system: You are a helpful assistant.
user:
Analyze the provided spectrum to determine if it is a **S-type Star**.

- **Key Indicators for S-type Star:**

    - **(Overall Spectrum Shape):** The first and most obvious characteristic is the overall continuum (the "baseline" shape). It is **extremely "red-sloping,"** meaning the flux (light intensity) is very low on the left side (blue, ~4000-4500 Å) and rises steeply and continuously toward the right side (red, ~7000 Å+).

    - **(Primary):** The spectrum is defined by the presence of strong, broad molecular absorption "valleys" (bands) from **Zirconium Oxide (ZrO)**. The identification of these bands is the **primary requirement** for classifying a star as S-type.
        - **(Key Bandheads):** You must find distinct, deep "dips" where the light has been absorbed. The most critical band systems to locate are:
            - **~6474 Å** ($\gamma$-system): This is often the strongest and clearest ZrO feature, found in the red part of the spectrum.
            - **~5718 Å** & **~5551 Å** ($\beta$-system): A pair of prominent absorption features in the yellow-orange part of the spectrum.
            - **~4640 Å** ($\alpha$-system): A key absorption band system in the blue-green region of the spectrum.

    - **(Secondary Confirmation):** The classification is strengthened by finding additional absorption bands from other related heavy element oxides, which are expected to be present alongside ZrO.
        - **(Key Bandheads):**
            - **Yttrium Oxide (YO):** Look for absorption dips near **~4800 Å** and **~6100 Å**.
            - **Lanthanum Oxide (LaO):** Additional absorption features, particularly in the red-orange part of the spectrum, are also characteristic.

    - **(Line Profile):** The combination of the steep red continuum and these numerous, deep molecular bands (ZrO, YO, etc.) gives the entire spectrum a very **"chopped-up"** or **"bumpy"** appearance. Instead of a smooth curve, the spectrum looks as though large, wide chunks of light have been "carved out" of it at the specific wavelengths listed above.

Think first, call **spectral_visualization_tool** if needed to examine features in detail, then provide your final answer. Your response must adhere to the following strict rules:
1.  **Overall Structure:** Your response must follow the format `<think>...</think> <tool_call>...</tool_call> (if a tool is used) <answer>...</answer>`.
2.  **Tool Usage Constraint:** You may only make **one** tool call per turn.
3.  **Final Answer Format:** In the `<answer>` tag, your conclusion must be inside a `\boxed{}` command (e.g., `\boxed{YES}` or `\boxed{NO}`), followed by your justification.

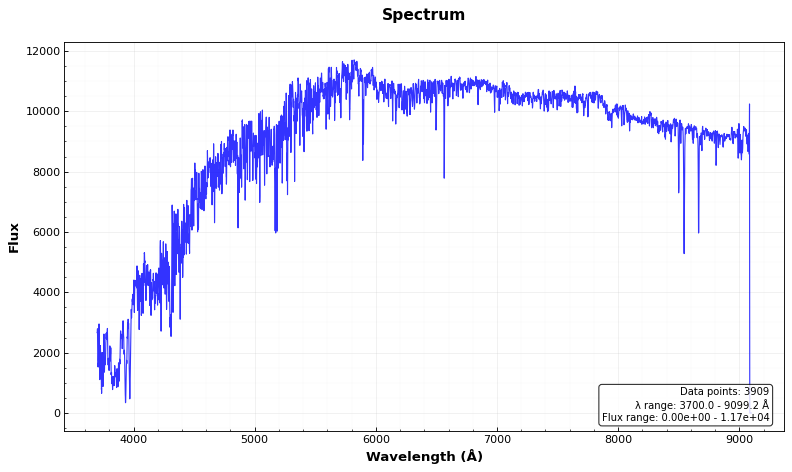
Answer: NO